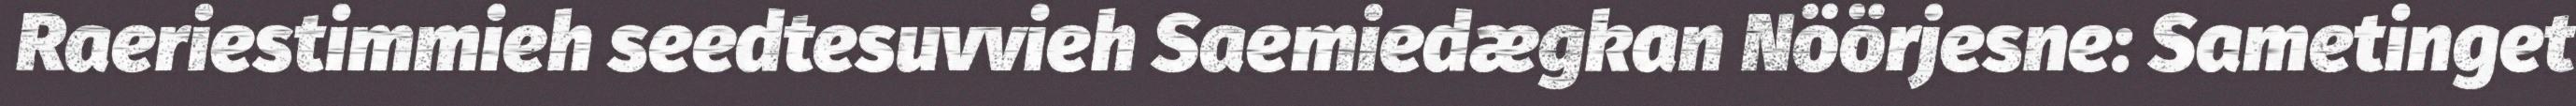
Raeriestimmieh seedtesuvvieh Saemiedægkan Nöörjesne: Sametinget